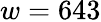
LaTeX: w=643